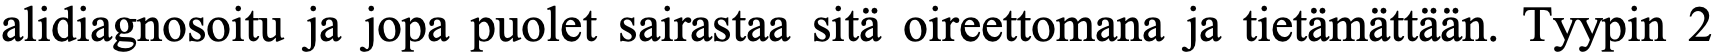
alidiagnosoitu ja jopa puolet sairastaa sitä oireettomana ja tietämättään. Tyypin 2